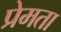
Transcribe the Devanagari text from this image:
प्रेमता